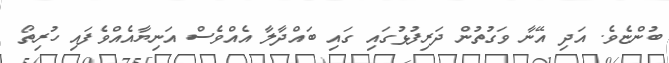
ބުންޏެވެ. އަދި އޭނާ ވަގުތުން ދަރިފުޅުގައި ގައި ބައްދާލާ އެއްވެސް އަނިޔާއެއްވެފައި ހުރިތޯ